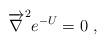
LaTeX: \begin{align*}{\overrightarrow{\nabla}}^2 e^{-U} = 0 \ , \end{align*}